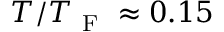
T / T _ { \mathrm { ~ F ~ } } \approx 0 . 1 5